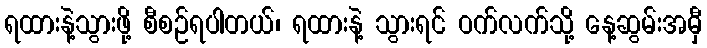
ရထားနဲ့သွားဖို့ စီစဉ်ရပါတယ်၊ ရထားနဲ့ သွားရင် ဝက်လက်သို့ နေ့ဆွမ်းအမှီ